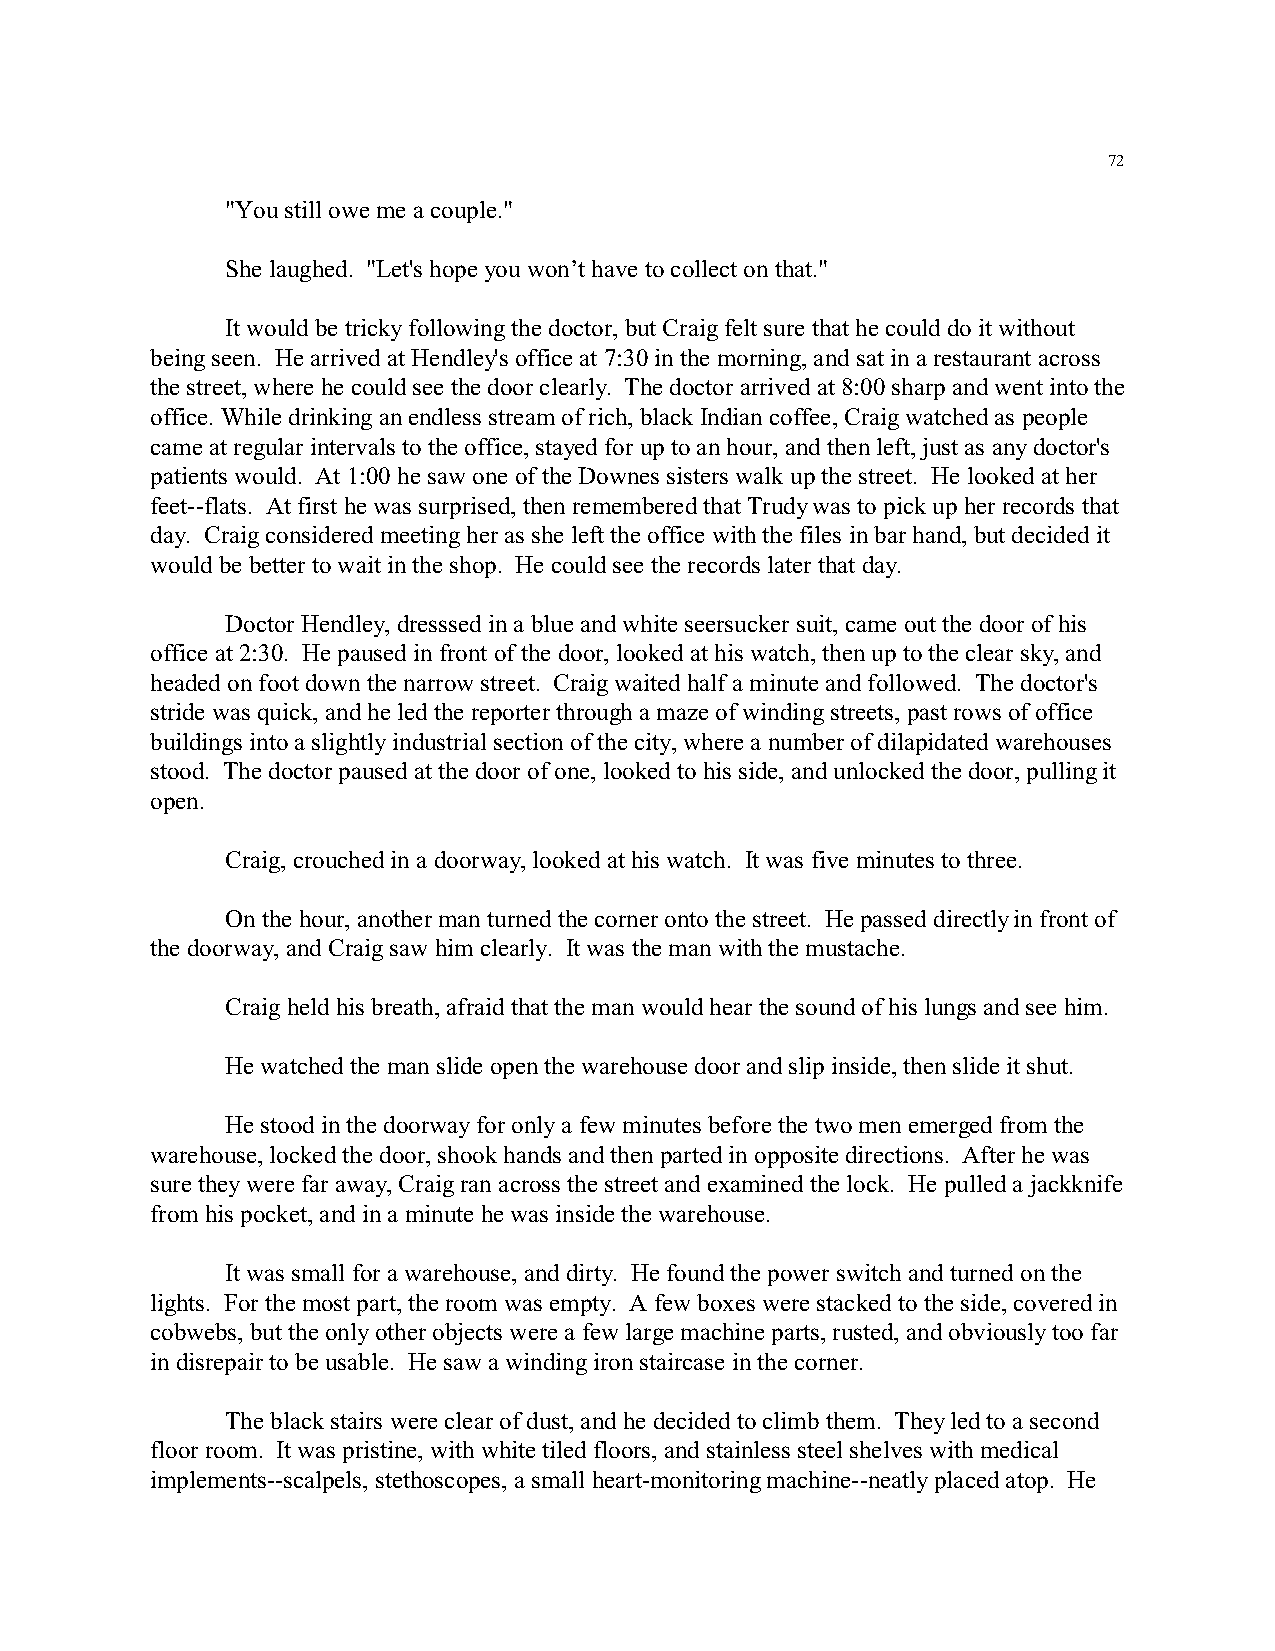
72
 "You still owe me a couple."
 She laughed. "Let's hope you won’t have to collect on that."
 It would be tricky following the doctor, but Craig felt sure that he could do it without
 being seen. He arrived at Hendley's office at 7:30 in the morning, and sat in a restaurant across
 the street, where he could see the door clearly. The doctor arrived at 8:00 sharp and went into the
 office. While drinking an endless stream of rich, black Indian coffee, Craig watched as people
 came at regular intervals to the office, stayed for up to an hour, and then left, just as any doctor's
 patients would. At 1:00 he saw one of the Downes sisters walk up the street. He looked at her
 feet--flats. At first he was surprised, then remembered that Trudy was to pick up her records that
 day. Craig considered meeting her as she left the office with the files in bar hand, but decided it
 would be better to wait in the shop. He could see the records later that day.
 Doctor Hendley, dresssed in a blue and white seersucker suit, came out the door of his
 office at 2:30. He paused in front of the door, looked at his watch, then up to the clear sky, and
 headed on foot down the narrow street. Craig waited half a minute and followed. The doctor's
 stride was quick, and he led the reporter through a maze of winding streets, past rows of office
 buildings into a slightly industrial section of the city, where a number of dilapidated warehouses
 stood. The doctor paused at the door of one, looked to his side, and unlocked the door, pulling it
 open.
 Craig, crouched in a doorway, looked at his watch. It was five minutes to three.
 On the hour, another man turned the corner onto the street. He passed directly in front of
 the doorway, and Craig saw him clearly. It was the man with the mustache.
 Craig held his breath, afraid that the man would hear the sound of his lungs and see him.
 He watched the man slide open the warehouse door and slip inside, then slide it shut.
 He stood in the doorway for only a few minutes before the two men emerged from the
 warehouse, locked the door, shook hands and then parted in opposite directions. After he was
 sure they were far away, Craig ran across the street and examined the lock. He pulled a jackknife
 from his pocket, and in a minute he was inside the warehouse.
 It was small for a warehouse, and dirty. He found the power switch and turned on the
 lights. For the most part, the room was empty. A few boxes were stacked to the side, covered in
 cobwebs, but the only other objects were a few large machine parts, rusted, and obviously too far
 in disrepair to be usable. He saw a winding iron staircase in the corner.
 The black stairs were clear of dust, and he decided to climb them. They led to a second
 floor room. It was pristine, with white tiled floors, and stainless steel shelves with medical
 implements--scalpels, stethoscopes, a small heart-monitoring machine--neatly placed atop. He